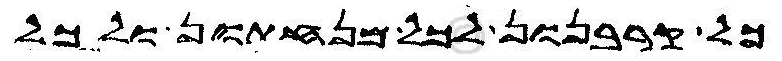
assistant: כל קרבנון לכל מנחתון ולכל